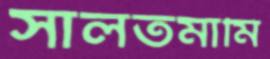
সালতমামি